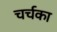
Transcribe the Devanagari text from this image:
चर्चका